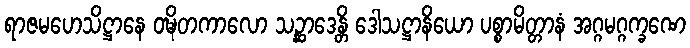
ရာဇမဟေသိဋ္ဌာနေ ဝဍ္ဎိတကာလော သဉ္ဆာဒေန္တိ ဒေါသဋ္ဌာနိယော ပစ္စာမိတ္တာနံ အဂ္ဂမဂ္ဂက္ခဏေ